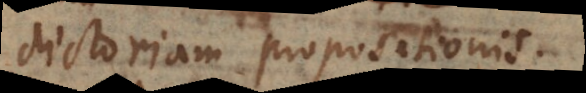
dictoriam propositionis.